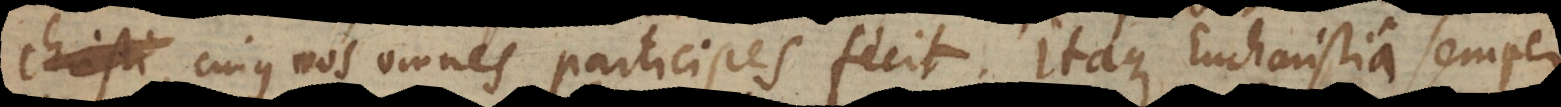
sui, cujus nos omnes participes fecit. Itaque Eucharistia